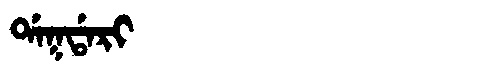
Manchu: ᡩᠠᡴᡩᠠᡵᡳ
Romanization: DAKDARI